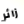
زائر